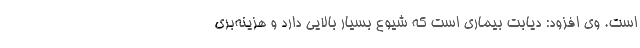
است. وی افزود: دیابت بیماری است که شیوع بسیار بالایی دارد و هزینه‌بری